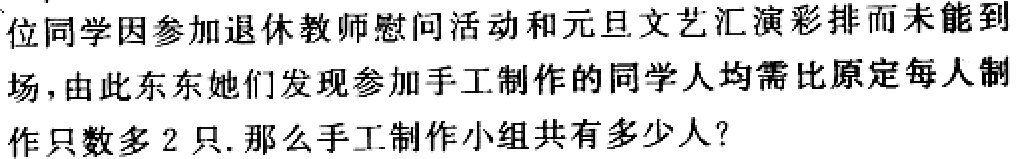
位同学因参加退休教师慰问活动和元旦文艺汇演彩排而未能到
场，由此东东她们发现参加手工制作的同学人均需比原定每人制
作只数多2只. 那么手工制作小组共有多少人？